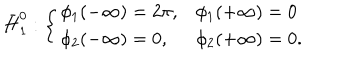
LaTeX: \bar { H } _ { 1 } ^ { 0 } : \left\{ \begin{array} { l l } { { \phi _ { 1 } ( - \infty ) = 2 \pi , } } & { { \phi _ { 1 } ( + \infty ) = 0 } } \\ { { \phi _ { 2 } ( - \infty ) = 0 , } } & { { \phi _ { 2 } ( + \infty ) = 0 . } } \\ \end{array} \right.